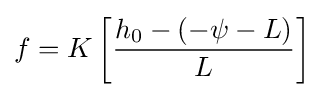
f=K\left[{h_{0}-(-\psi -L) \over L}\right]